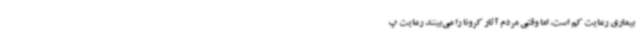
بیماری رعایت کم است، اما وقتی مردم آثار کرونا را می‌بینند رعایت پ